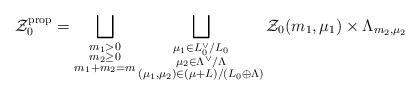
LaTeX: \begin{align*}\mathcal{Z}_0^\mathrm{prop} =\bigsqcup_{\substack{ m_1 > 0 \\ m_2 \ge 0 \\ m_1+m_2=m }}\bigsqcup_{\substack{ \mu_1\in L_0^\vee/L_0 \\ \mu_2\in \Lambda^\vee/\Lambda\\ (\mu_1,\mu_2) \in (\mu + L)/(L_0 \oplus \Lambda) }} \mathcal{Z}_0(m_1 , \mu_1 ) \times \Lambda_{m_2,\mu_2}\end{align*}